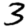
Digit: 3